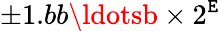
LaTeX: \pm1.bb\ldotsb\times2^{\mathtt{E}}